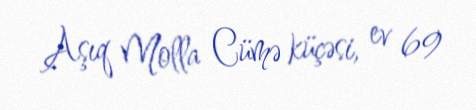
Aşıq Molla Cümə küçəsi, ev 69